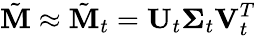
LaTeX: \tilde{\mathbf{M}}\approx\tilde{\mathbf{M}}_{t}=\mathbf{U}_{t}\boldsymbol{\Sigma}_{t}\mathbf{V}_{t}^{T}